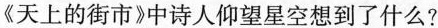
《天上的街市》中诗人仰望星空想到了什么?